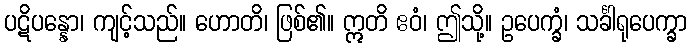
ပဋိပန္နော၊ ကျင့်သည်။ ဟောတိ၊ ဖြစ်၏။ ဣတိ ဧဝံ၊ ဤသို့။ ဥပေက္ခံ၊ သင်္ခါရုပေက္ခာ